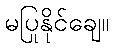
မပြုနိုင်ချေ။